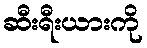
ဆီးရီးယားကို